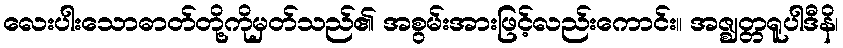
လေးပါးသောဓာတ်တို့ကိုမှတ်သည်၏ အစွမ်းအားဖြင့်လည်းကောင်း။ အဇ္ဈတ္တရူပါဒီနိ၊